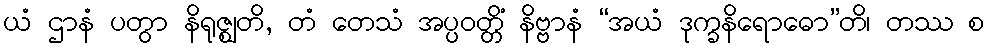
ယံ ဌာနံ ပတွာ နိရုဇ္ဈတိ, တံ တေသံ အပ္ပဝတ္တိံ နိဗ္ဗာနံ “အယံ ဒုက္ခနိရောဓော”တိ၊ တဿ စ